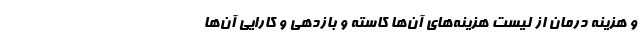
و هزینه درمان از لیست هزینه‌های آن‌ها کاسته و بازدهی و کارایی آن‌ها